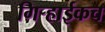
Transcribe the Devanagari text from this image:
गिर्‍हाईकच